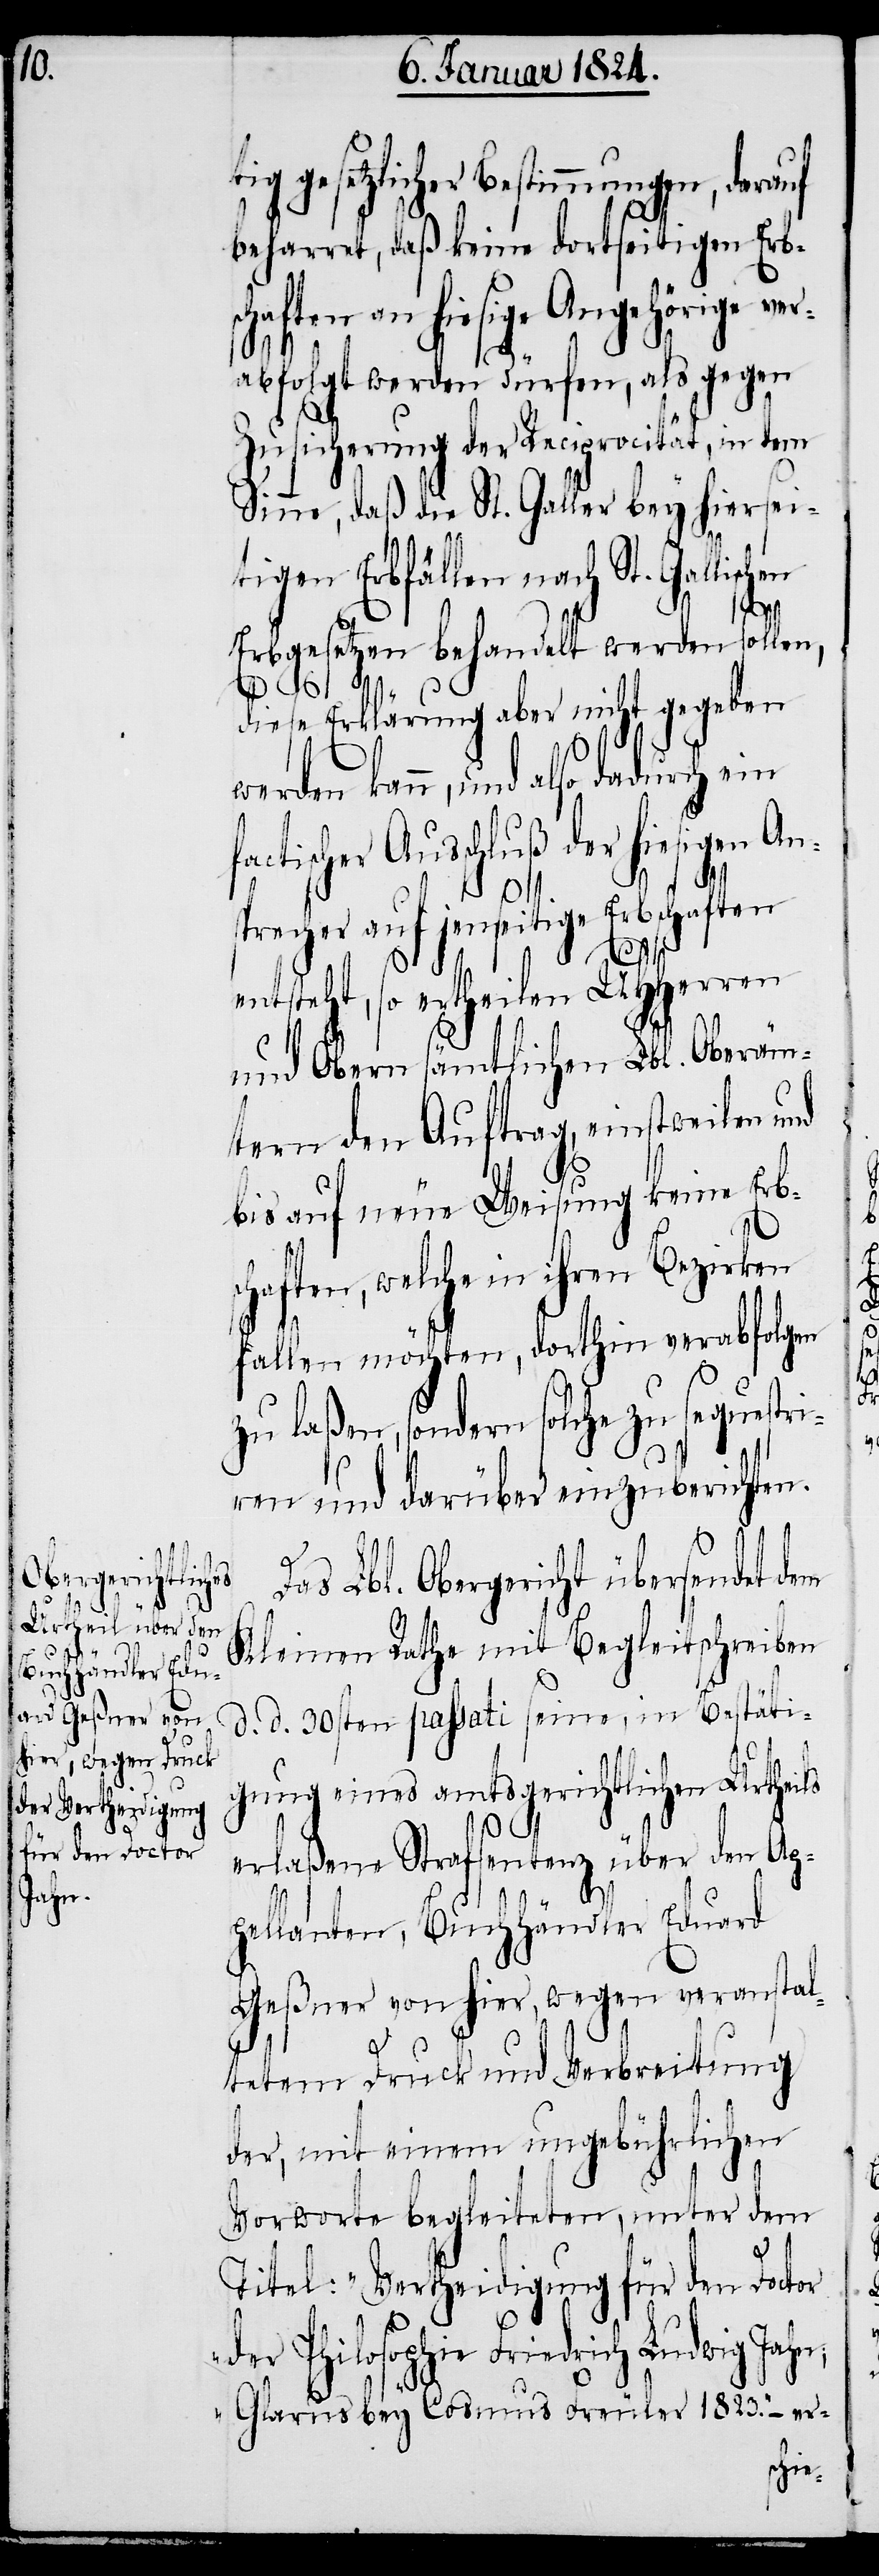
gesetzlicher Bestimmungen, darauf
beharret, daß keine dortseitigen Erbs¬
chaften an hiesige Angehörige v¬
abfolgt werden dürfen, als gegen
Zusicherung der Reciprocität, in dem
Sinne, daß die St. Galler bey hiersei¬
tigen Erbfällen nach St. Gallischen
Erbgesetzen behandelt werden sollen,
diese Erklärung aber nicht gegeben
werden kann, und also dadurch ein
Ausschluß der hiesigen An¬
stri¬
precher auf jenseitige Erbschaften
entsteht, so ertheilen UHHerren
und Obern sämtlichen Lbl. Oberäm¬
tern den Auftrag, einstweilen
bis auf neue Weisung keine Erbs¬
chaften, welche in ihren Bezirken
fallen möchten, dorthin verabfolgen
zu laßen, sondern solche zu seque¬
ren und darüber einzuberichten.
as Lbl. Obergericht übersendet dem
Kleinen Rathe mit Begleitschreiben
d. d. 30sten passati seine, in Bestäti¬
gung eines amtsgerichtlichen Urtheils
erlaßene Strafsentenz über den Ap¬
pellanten, Buchhändler Eduard
Geßner von hier, wegen veranstal¬
tetem Druck und Verbreitung
der, mit einem ungebührlichen
Vorworte begleiteten, unter dem
D¬
Titel: „Vertheidigung für den Doctor
der Philosophie Friedrich Ludwig Jahn;
Glarus bey Cosmus Freuler 1823.“ – er-